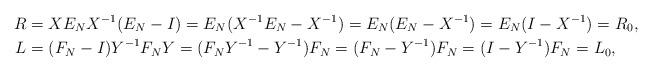
LaTeX: \begin{align*}R&=XE_{N}X^{-1}(E_{N}-I)=E_{N}(X^{-1}E_{N}-X^{-1})=E_{N}(E_{N}-X^{-1})=E_{N}(I-X^{-1})=R_{0},\\L&=(F_{N}-I)Y^{-1}F_{N}Y=(F_{N}Y^{-1}-Y^{-1})F_{N}=(F_{N}-Y^{-1})F_{N}=(I-Y^{-1})F_{N}=L_{0},\end{align*}